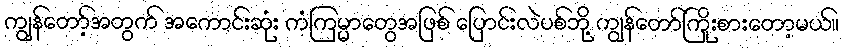
ကျွန်တော့်အတွက် အကောင်းဆုံး ကံကြမ္မာတွေအဖြစ် ပြောင်းလဲပစ်ဘို့ ကျွန်တော်ကြိုးစားတော့မယ်။